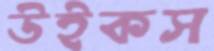
উইকস